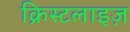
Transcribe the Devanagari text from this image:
क्रिस्टलाइज़